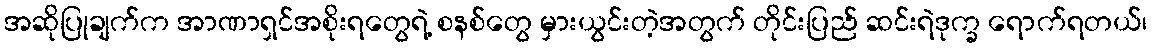
အဆိုပြုချက်က အာဏာရှင်အစိုးရတွေရဲ့ စနစ်တွေ မှားယွင်းတဲ့အတွက် တိုင်းပြည် ဆင်းရဲဒုက္ခ ရောက်ရတယ်၊